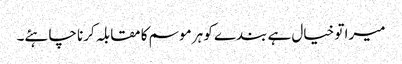
میرا تو خیال ہے بندے کو ہر موسم کا مقابلہ کرنا چاہئے۔